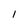
Character: I